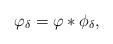
LaTeX: \begin{align*}\varphi _{\delta }=\varphi \ast \phi _{\delta }, \end{align*}